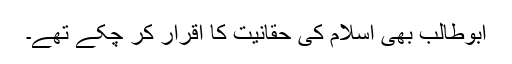
ابوطالب بھی اسلام کی حقانیت کا اقرار کر چکے تھے۔